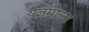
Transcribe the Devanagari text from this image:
यज्ञमाला